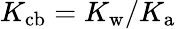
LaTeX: K_{\mathrm{cb}}=K_{\mathrm{w}}/K_{\mathrm{a}}